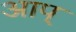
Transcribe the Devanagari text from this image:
आप्